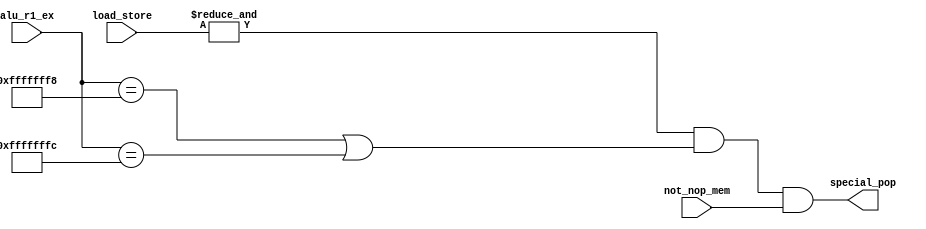
/*
**	
**	load-use
**	
*/

module special_pop (
	input [2:0]			load_store,
	input [31:0]		alu_r1_ex,
	input 				not_nop_mem,
	output 				special_pop
);
	
	
	assign special_pop = (&load_store) && ((alu_r1_ex==32'hfffffff8)||(alu_r1_ex==32'hfffffffc)) && not_nop_mem;

endmodule